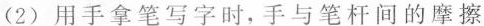
(2)用手拿笔写字时，手与笔杆间的摩擦